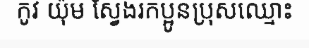
កូវ យ៉ុម ស្វែងរកប្អូនប្រុសឈ្មោះ